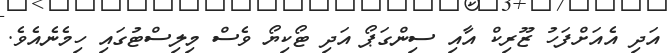
އަދި އެއަށްފަހު ޒޫރިކް އާއި ސިންގަޕޯ އަދި ޓޯކިޔޯ ވެސް މިލިސްޓުގައި ހިމެނެއެވެ.